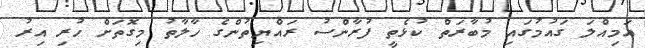
އަމިއްލަ ގައުމުގައި މުބާރަތް ކުޅެތީ ފުރާންސު ރައްޔިތުންގެ ހާލާތު މިގޮތަށް ހުރި އިރު